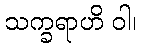
သက္ခရာဟိ ဝါ၊